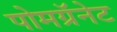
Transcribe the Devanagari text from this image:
पोमग्रॅनेट